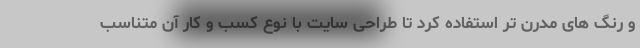
و رنگ های مدرن تر استفاده کرد تا طراحی سایت با نوع کسب و کار آن متناسب